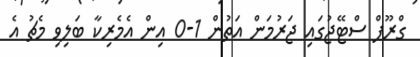
ގްރޫޕް ސްޓޭޖުގައި ޖަރުމަން އަތުން 1-0 އިން އެމެރިކާ ބަލިވި މެޗު އެ